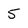
Character: 5